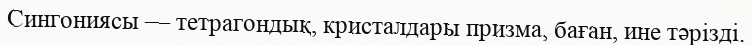
Сингониясы — тетрагондық, кристалдары призма, баған, ине тәрізді.